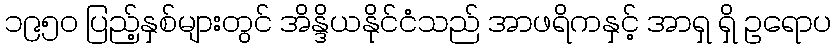
၁၉၅၀ ပြည့်နှစ်များတွင် အိန္ဒိယနိုင်ငံသည် အာဖရိကနှင့် အာရှ ရှိ ဥရောပ